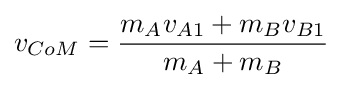
v_{CoM}={\dfrac {m_{A}v_{A1}+m_{B}v_{B1}}{m_{A}+m_{B}}}